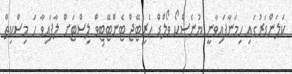
ކަލަންޑަރުގައި ހިމަނާފައިވާނީ ޔުނެސްކޯ ވޯލްޑް ހެރިޓޭޖް ޓެންޓޭޓިވް ލިސްޓަށް ލާފައިވާ ހަ މިސްކިތް